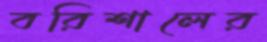
বরিশালের